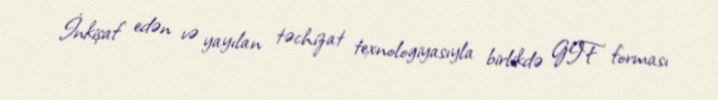
İnkişaf edən və yayılan təchizat texnologiyasıyla birlikdə GIF forması